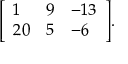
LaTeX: { \left[ \begin{array} { l l l } { 1 } & { 9 } & { - 1 3 } \\ { 2 0 } & { 5 } & { - 6 } \end{array} \right] } .